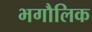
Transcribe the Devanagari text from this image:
भगौलिक